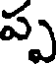
ప్ప